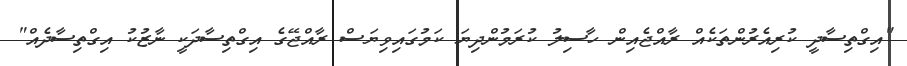
"އިގްތިސާދީ ކުރިއެރުންތަކެއް ރާއްޖެއިން ހާސިލު ކުރަމުންދިޔަ ކަމުގައިވިޔަސް ރާއްޖޭގެ އިގްތިސާދަކީ ނާޒުކު އިގްތިސާދެއް"